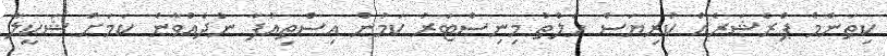
ކިތަންމެ ޕްރެޝަރެއް ކުރިޔަސް ހެލްތު މިނިސްޓަރު ކަމުން އިސްތިއުފާ ނުދެއްވާނެ ކަމަށް ޝަކީލާ